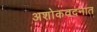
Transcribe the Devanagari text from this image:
अशोकवदनात